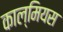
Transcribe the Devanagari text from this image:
काल्मियस